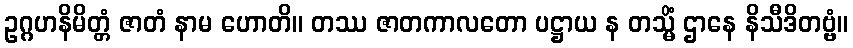
ဥဂ္ဂဟနိမိတ္တံ ဇာတံ နာမ ဟောတိ။ တဿ ဇာတကာလတော ပဋ္ဌာယ န တသ္မိံ ဌာနေ နိသီဒိတဗ္ဗံ။